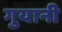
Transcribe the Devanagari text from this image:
गुयानी